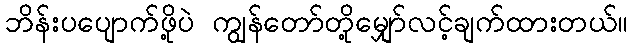
ဘိန်းပပျောက်ဖို့ပဲ ကျွန်တော်တို့မျှော်လင့်ချက်ထားတယ်။